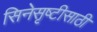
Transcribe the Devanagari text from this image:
सिनेसृष्टीसाठी